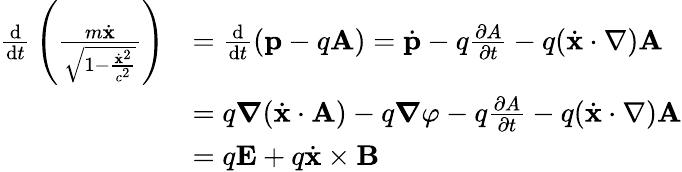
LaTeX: {\begin{array}{rl}{{\frac{\mathrm{d}}{\mathrm{d}t}}\left({\frac{m{\dot{\mathbf{x}}}}{\sqrt{1-{\frac{{\dot{\mathbf{x}}}^{2}}{c^{2}}}}}}\right)}&{={\frac{\mathrm{d}}{\mathrm{d}t}}(\mathbf{p}-q\mathbf{A})={\dot{\mathbf{p}}}-q{\frac{\partial A}{\partial t}}-q({\dot{\mathbf{x}}}\cdot\nabla)\mathbf{A}}\\ &{=q{\boldsymbol{\nabla}}({\dot{\mathbf{x}}}\cdot\mathbf{A})-q{\boldsymbol{\nabla}}\varphi-q{\frac{\partial A}{\partial t}}-q({\dot{\mathbf{x}}}\cdot\nabla)\mathbf{A}}\\ &{=q\mathbf{E}+q{\dot{\mathbf{x}}}\times\mathbf{B}}\end{array}}